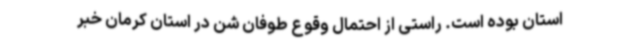
استان بوده‌ است. راستی از احتمال وقوع طوفان شن در استان کرمان خبر